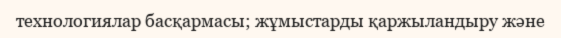
технологиялар басқармасы; жұмыстарды қаржыландыру және